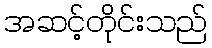
အဆင့်တိုင်းသည်